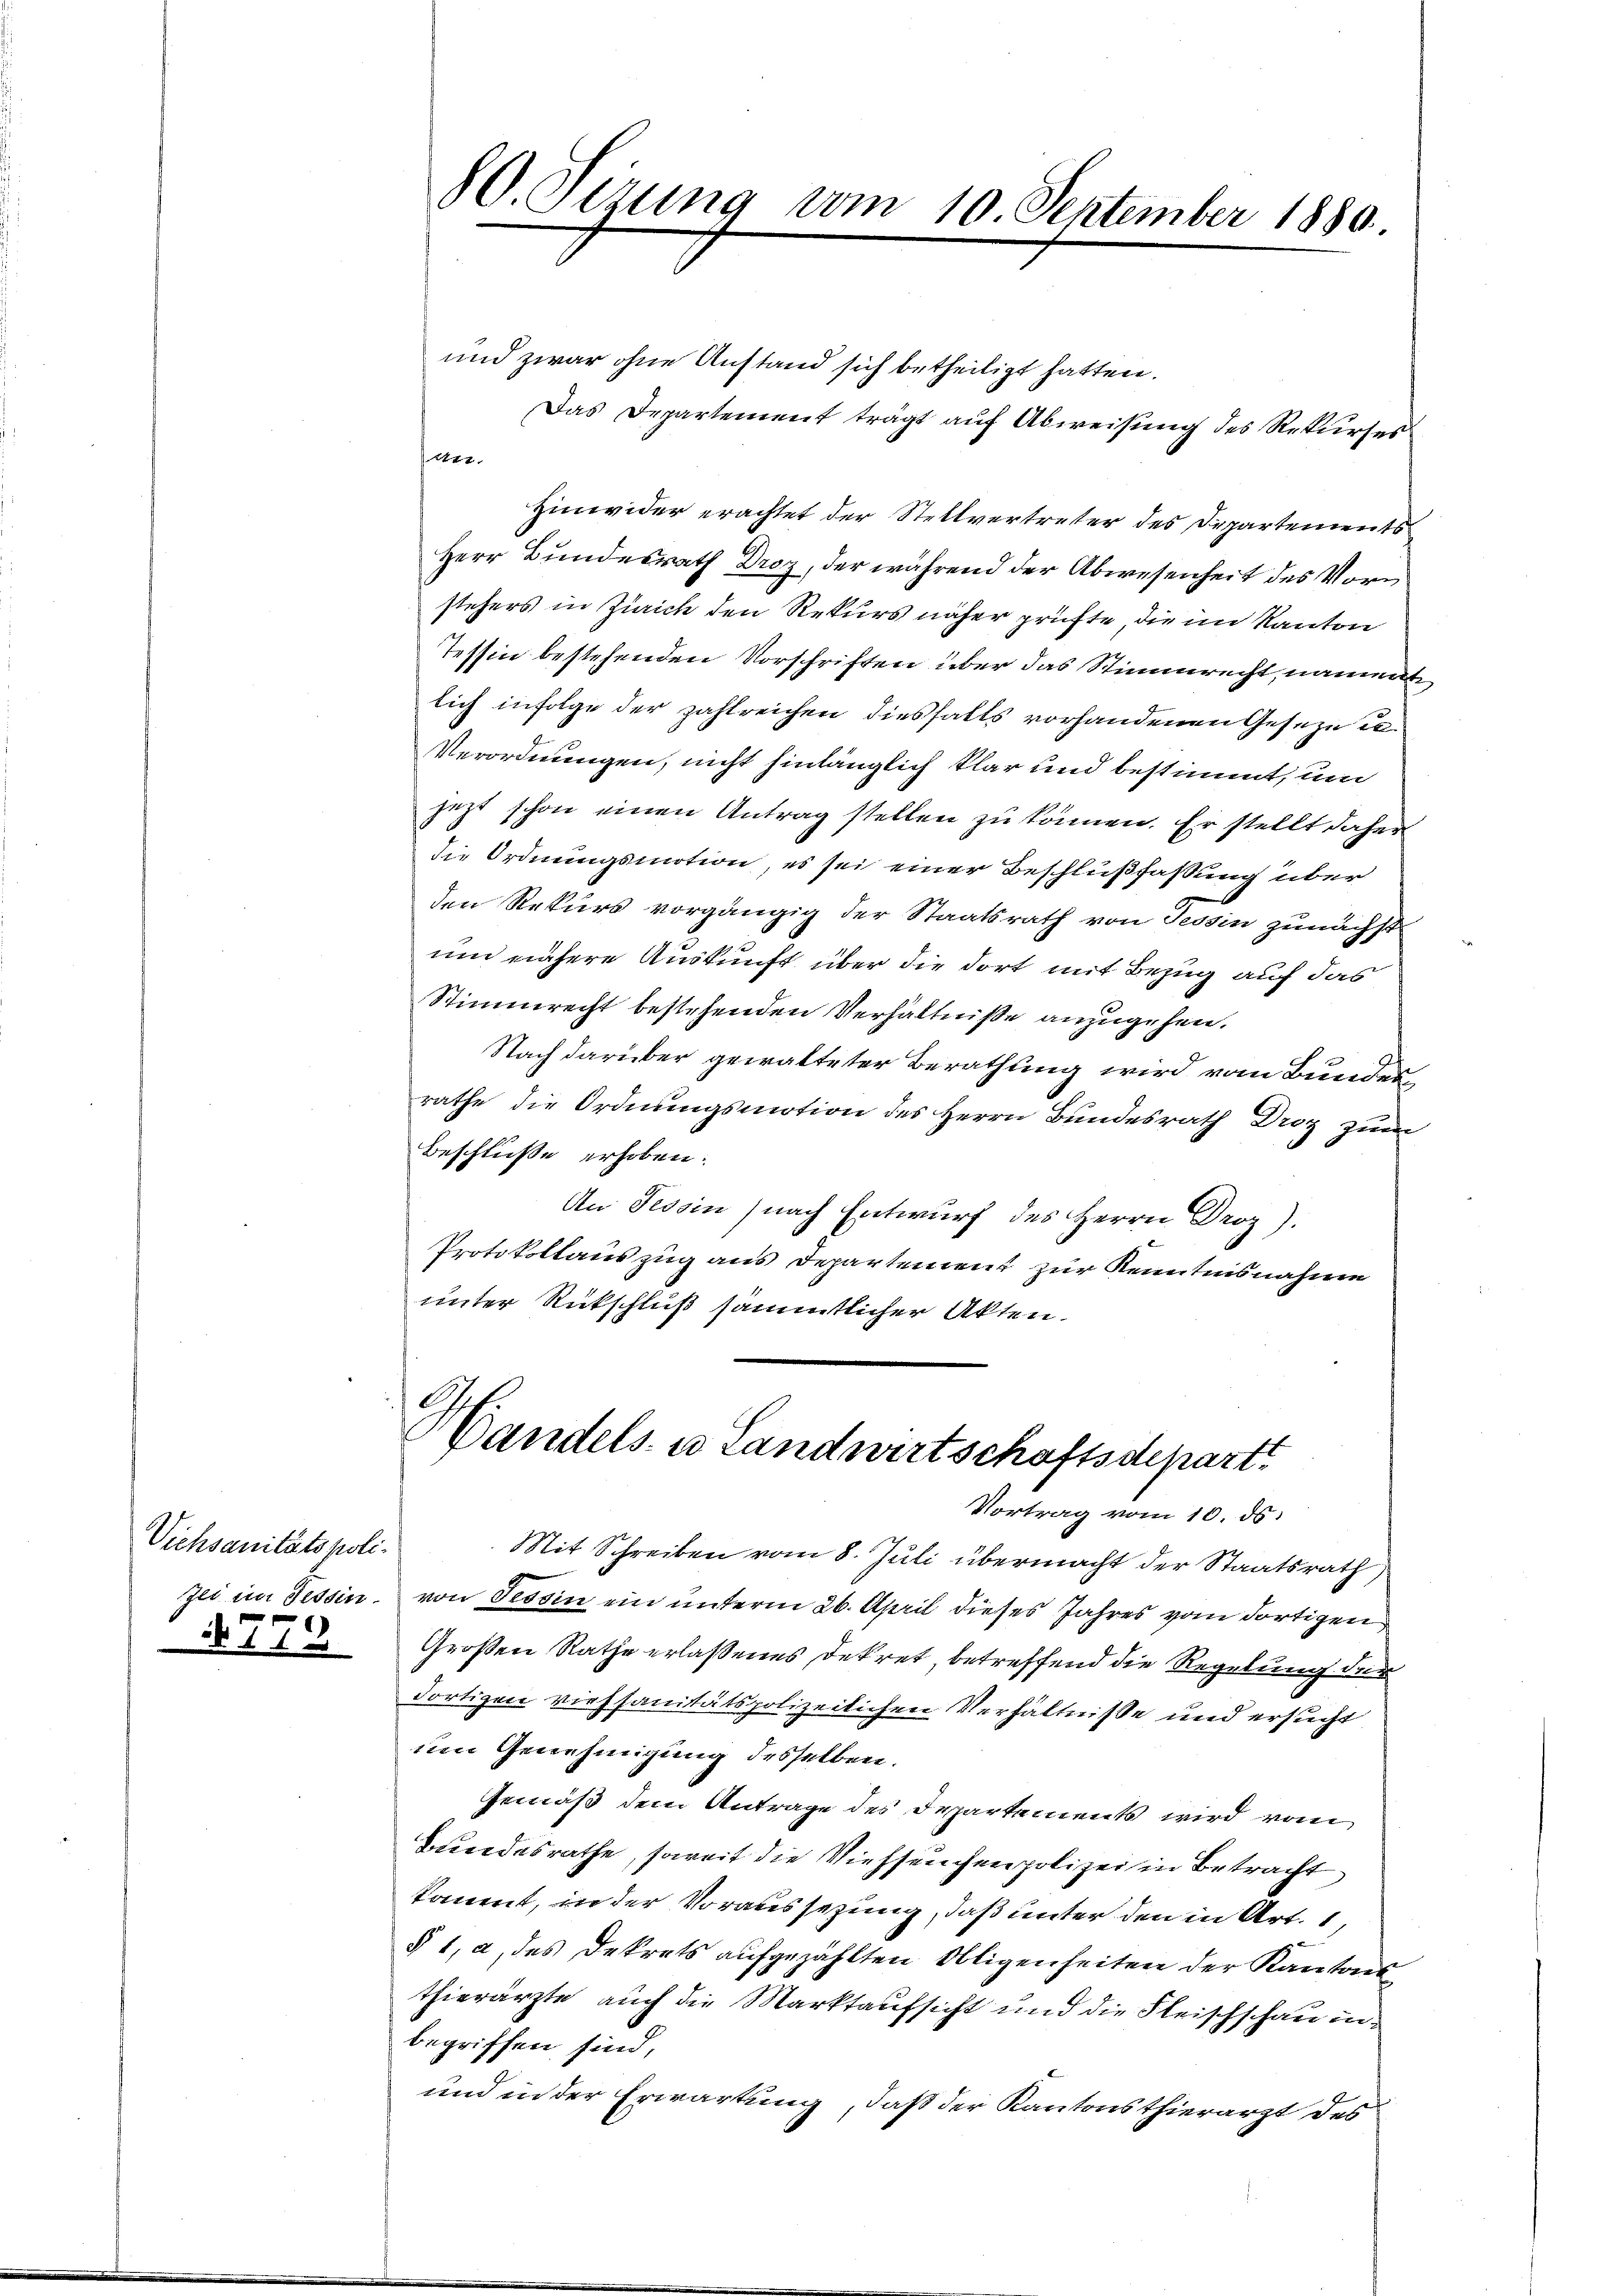
Vichsanitätspoli¬

.

und zwar ohne Anstand sich betheiligt hatten.
Das Departement trägt auf Abweisung des Rekurses
tet.
Hinwider erachtet der Stellvertreter des Departements
Herr Bundesrath Droz, der während der Abwesenheit des Vorstehers in Zürich den Rekurs näher prüfte, die im Kanton
Tessin bestehenden Vorschriften über das Stimmrecht, nament
lich infolge der zahlreichen diesfalls vorhandenen Geseze un
Verordnungen, nicht hinlänglich klar und bestimmt, um
jetzt schon einen Antrag stellen zu können. Er stellt daher
die Ordnungsmotion, es sei einer Beschlußfassung über
den Rekurs vorgängig der Staatsrath von Tessin zunächst
um nähere Auskunft über die dort mit Bezug auf das
Stimmrecht bestehenden Verhältniße anzugehen.
Nach darüber gewalteter Berathung wird vom Bundesrathe die Ordnungsmotion des Herrn Bundesrath Droz zum
Beschluße erhoben.
An Tessin nach Entwurf des Herrn Droz).
Protokollauszug aus Departement zur Kenntnisnahme
unter Rückschluß sämmtlicher Akten.
Handels- u Landwirtschaftsdepart.
Vortrag vom 10. ds.
Mit Schreiben vom 8. Juli übermacht der Staatsrath
zei im Tessin. von Tessin ein unterm 26. April dieses Jahres vom dortigen
Großen Rathe erlaßenes Dekret, betreffend die Regelung der
dortigen viessanitätspolizeilichen Verhältnisse und ersucht
um Genehmigung desselben.
Gemäß dem Antrage des Departements wird von
Bundesrathe, soweit die Viehseuchen polizei in Betracht
kommt, in der Voraussetzung, daß unter den in Art. 1,
§ 1, a, des Dekrets aufgezählten Obligenheiten der Kantons
thierärzte, auch die Marktaufsicht und die Fleischschau inbegriffen sind,
und in der Erwartung, daß der Kantonsthierarzt des

80. Tizung vom 10. September 1880.